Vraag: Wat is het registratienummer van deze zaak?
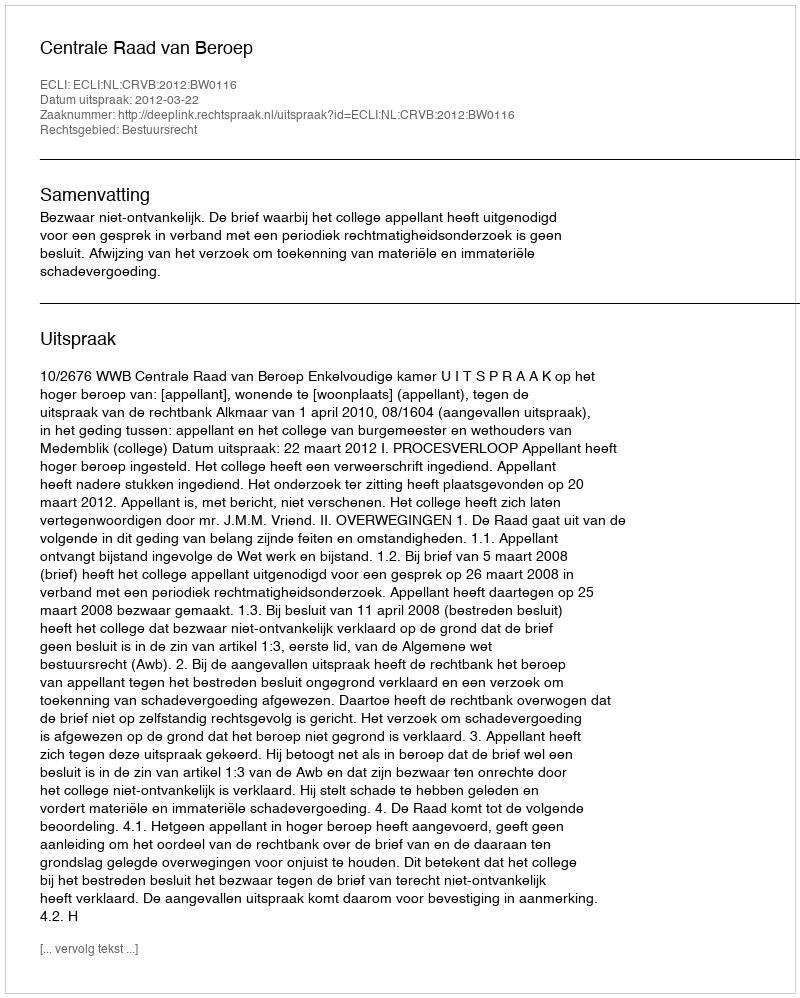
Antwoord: http://deeplink.rechtspraak.nl/uitspraak?id=ECLI:NL:CRVB:2012:BW0116